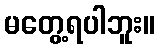
မတွေ့ရပါဘူး။